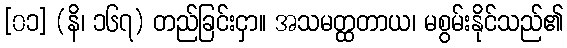
[၀၁] (နိ၊ ၁၆၇) တည်ခြင်းငှာ။ အသမတ္ထတာယ၊ မစွမ်းနိုင်သည်၏